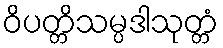
ဝိပတ္တိသမ္ပဒါသုတ္တံ